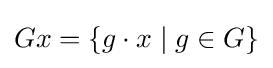
Gx=\left\{g\cdot x\mid g\in G\right\}